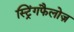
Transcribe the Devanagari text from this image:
स्ट्रिंगफैलोज़